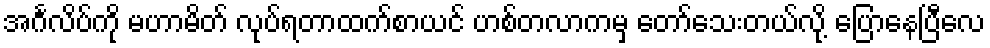
အင်္ဂလိပ်ကို မဟာမိတ် လုပ်ရတာထက်စာယင် ဟစ်တလာကမှ တော်သေးတယ်လို့ ပြောနေပြီလေ